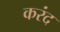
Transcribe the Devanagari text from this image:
करंद